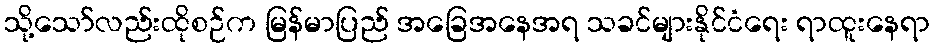
သို့သော်လည်းထိုစဉ်က မြန်မာပြည် အခြေအနေအရ သခင်များနိုင်ငံရေး ရာထူးနေရာ